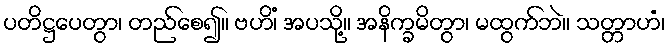
ပတိဋ္ဌပေတွာ၊ တည်စေ၍။ ဗဟိံ၊ အပသို့။ အနိက္ခမိတွာ၊ မထွက်ဘဲ။ သတ္တာဟံ၊